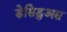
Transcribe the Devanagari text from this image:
डेसिडुअस